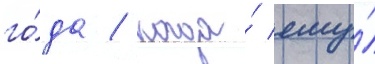
го́да / когда́ ему́